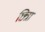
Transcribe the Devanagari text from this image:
छित्रा